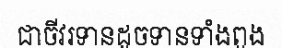
ជាចីវរទានដូចទានទាំងពួង